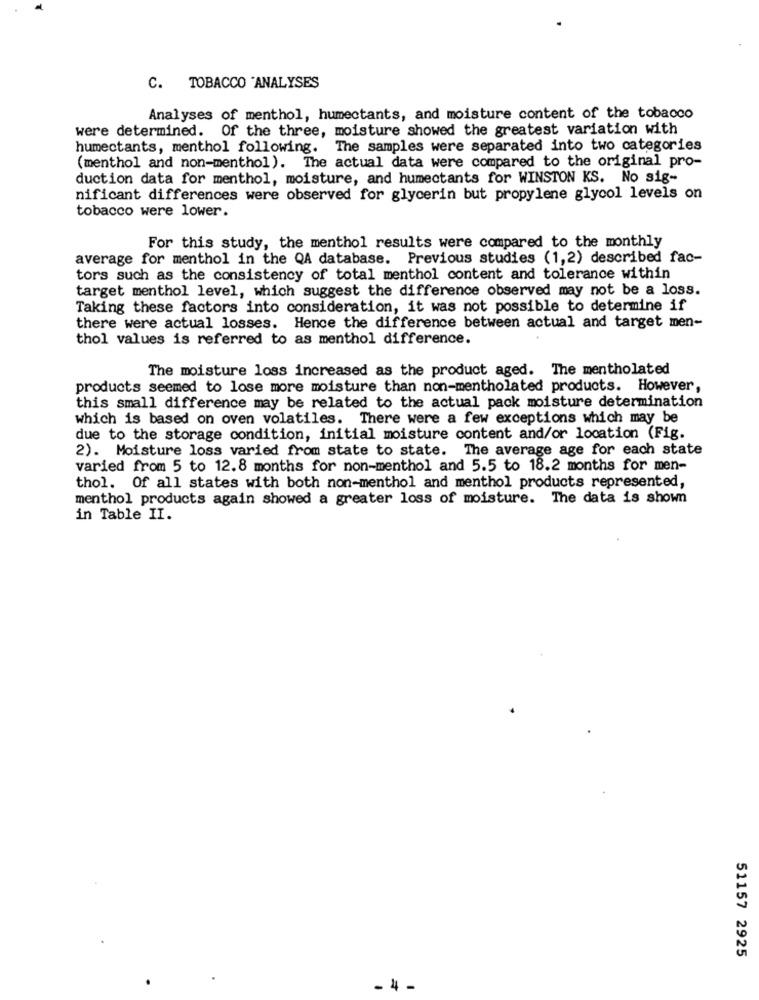
C. TOBACCO "ANALYSES
Analyses of menthol, humectants, and moisture content of the tobacco
were determined. Of the three, moisture showed the greatest variation with
humectants, menthol following. The samples were separated into two categories
(menthol and non-menthol). The actual data were compared to the original pro-
duction data for menthol, moisture, and humectants for WINSTON KS. No sig-
nificant differences were observed for glycerin but propylene glycol levels on
tobacco were lower.
For this study, the menthol results were compared to the monthly
average for menthol in the QA database. Previous studies (1,2) described fac-
tors such as the consistency of total menthol content and tolerance within
target menthol level, which suggest the difference observed may not be a loss.
Taking these factors into consideration, it was not possible to determine if
there were actual losses. Hence the difference between actual and target men-
thol values is referred to as menthol difference.
The moisture loss increased as the product aged. The mentholated
products seemed to lose more moisture than non-mentholated products. However,
this small difference may be related to the actual pack moisture determination
which is based on oven volatiles. There were a few exceptions which may be
due to the storage condition, initial moisture content and/or location (Fig.
2). Moisture loss varied from state to state. The average age for each state
varied from 5 to 12.8 months for non-menthol and 5.5 to 18.2 months for men-
thol. Of all states with both non-menthol and menthol products represented,
menthol products again showed a greater loss of moisture. The data is shown
in Table II.
51157 2925
- 4 -